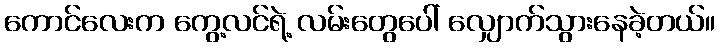
ကောင်လေးက ကွေ့လင်ရဲ့ လမ်းတွေပေါ် လျှောက်သွားနေခဲ့တယ်။